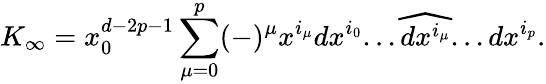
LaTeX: K_{\infty}=x_{0}^{d-2p-1}\sum_{\mu=0}^{p}(-)^{\mu}x^{i_{\mu}}dx^{i_{0}}...\widehat{dx^{i_{\mu}}}...dx^{i_{p}}.